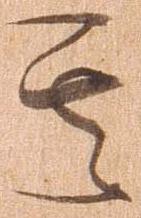
其